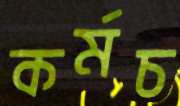
কর্মচ